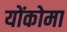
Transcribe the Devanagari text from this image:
योंकोमा